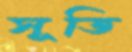
সূতি